Report on the lunatic asylums under the Government of Bombay - 1904-1913
Year: 1904
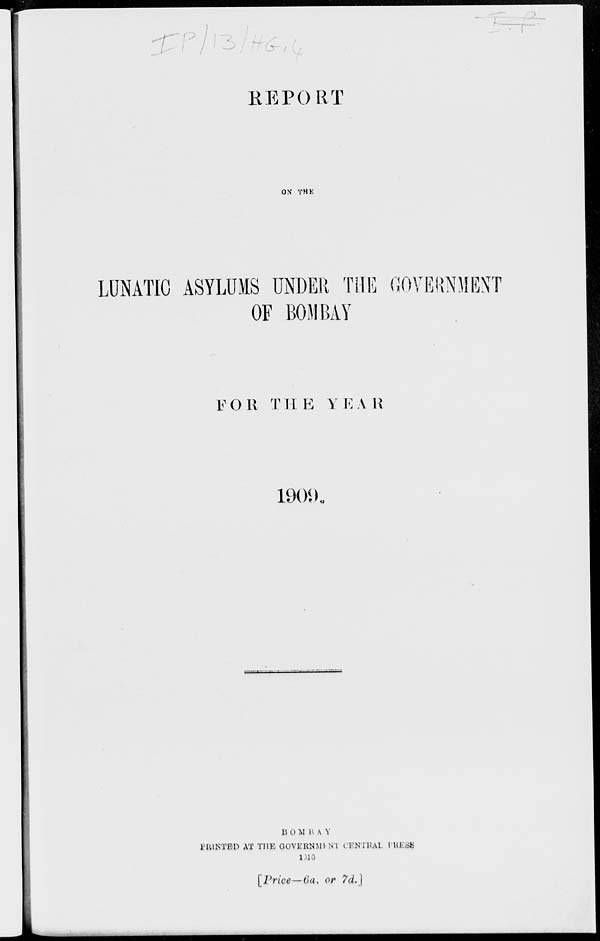
REPORT
ON THE
LUNATIC ASYLUMS UNDER THE GOVERNMENT
OF BOMBAY
FOR THE YEAR
1909.
BOMBAY
PRINTED AT THE GOVERNMENT CENTRAL PRESS
1910
[Price—6a. or 7d.]